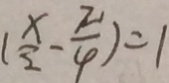
( \frac { x } { 2 } - \frac { \pi } { 4 } ) = 1